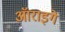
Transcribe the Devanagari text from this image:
ऑराइगे